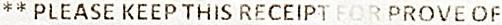
** PLEASE KEEP THIS RECEIPT FOR PROVE OF